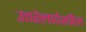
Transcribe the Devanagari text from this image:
उत्तरेलादेखील